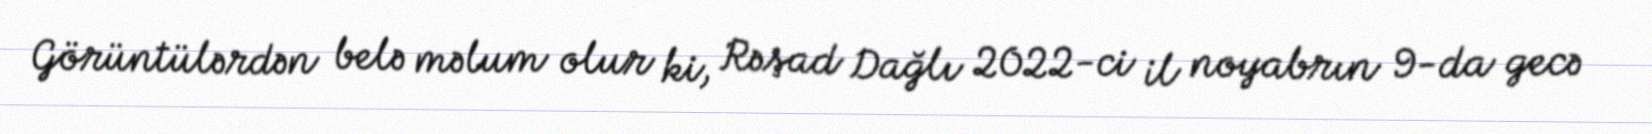
Görüntülərdən belə məlum olur ki, Rəşad Dağlı 2022-ci il noyabrın 9-da gecə